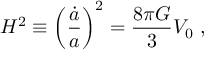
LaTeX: H ^ { 2 } \equiv \left( \frac { \dot { a } } { a } \right) ^ { 2 } = \frac { 8 \pi G } { 3 } V _ { 0 } ~ ,